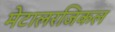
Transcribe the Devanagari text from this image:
मेटालरजिकल